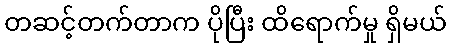
တဆင့်တက်တာက ပိုပြီး ထိရောက်မှု ရှိမယ်